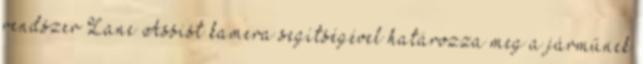
rendszer Lane Assist kamera segítségével határozza meg a járműnek